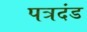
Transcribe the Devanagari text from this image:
पत्रदंड